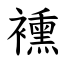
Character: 䙧